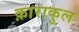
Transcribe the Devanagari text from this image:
क़ाराकुल